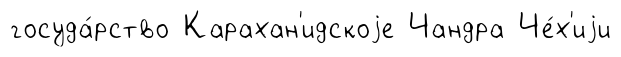
госуда́рство Карахан'идскоjе Чандра Че́х'иjи